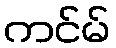
ကင်မ်